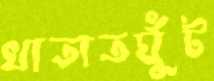
খাতাতঘুঁট